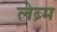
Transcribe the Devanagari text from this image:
लेब्र्म